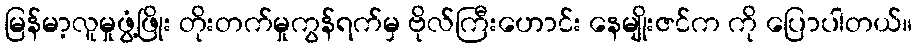
မြန်မာ့လူမှုဖွံ့ဖြိုး တိုးတက်မှုကွန်ရက်မှ ဗိုလ်ကြီးဟောင်း နေမျိုးဇင်က ကို ပြောပါတယ်။